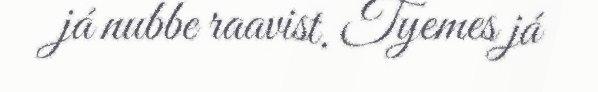
já nubbe raavist. Tyemes já